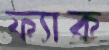
ফ্যাক